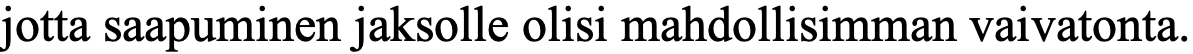
jotta saapuminen jaksolle olisi mahdollisimman vaivatonta.